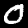
Label: 0